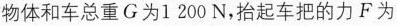
物体和车总重G为1200N，抬起车把的力F为